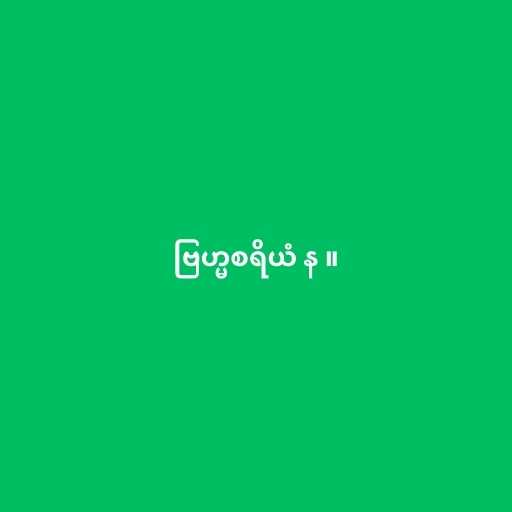
ဗြဟ္မစရိယံ န ။